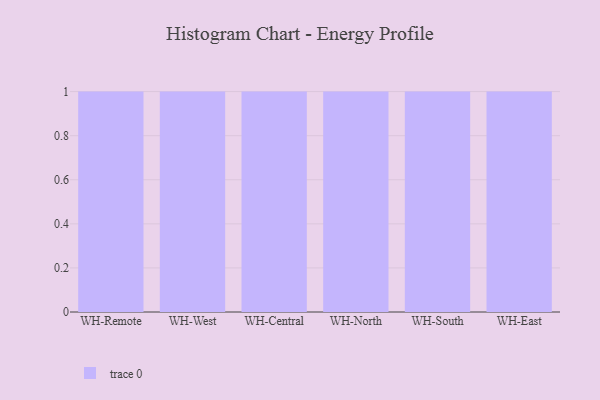
{"axis": {"x": "Warehouse", "y": "Active Users"}, "legend": [""], "data": [{"x": "WH-Remote", "y": 27, "type": ""}, {"x": "WH-West", "y": 78, "type": ""}, {"x": "WH-Central", "y": 50, "type": ""}, {"x": "WH-North", "y": 60, "type": ""}, {"x": "WH-South", "y": 32, "type": ""}, {"x": "WH-East", "y": 59, "type": ""}]}